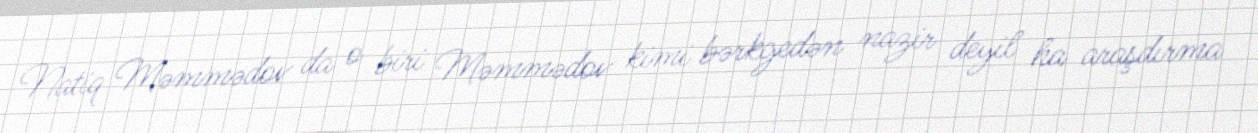
Natiq Məmmədov da o biri Məmmədov kimi bərkgedən nazir deyil ha araşdırma